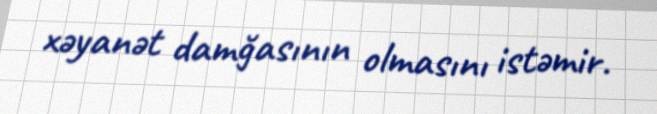
xəyanət damğasının olmasını istəmir.